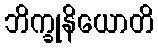
ဘိက္ခုနိယောတိ